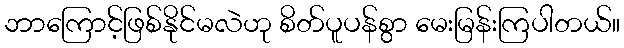
ဘာကြောင့်ဖြစ်နိုင်မလဲဟု စိတ်ပူပန်စွာ မေးမြန်းကြပါတယ်။